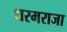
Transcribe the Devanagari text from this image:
धरमराजा